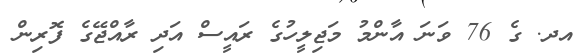
އދ. ގެ 76 ވަނަ އާންމު މަޖިލީހުގެ ރައީސް އަދި ރާއްޖޭގެ ފޮރިން